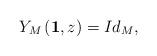
LaTeX: \begin{align*}Y_{M}\left(\mathbf{1},z\right)=Id_{M},\end{align*}